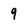
Character: 9